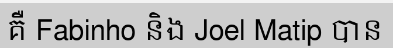
គឺ Fabinho និង Joel Matip បាន